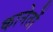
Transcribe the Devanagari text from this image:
कानेतों